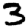
Digit: 3